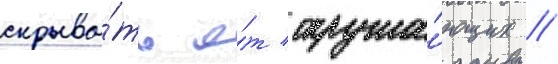
скрыва́ть о́т окружа́ющих //